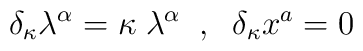
\delta_{\kappa} \lambda^{\alpha} = \kappa\;\lambda^{\alpha}\;\;,\;\;\delta_{\kappa} x^a =0